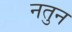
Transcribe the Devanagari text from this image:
नतुन